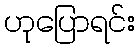
ဟုပြောရင်း